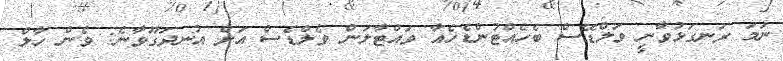
ނަމަ ރަނގަޅުވާނީ ވަލްޑޭސް ބެހެއްޓުންޑެހެއާ ވައްޓާލަން ވެލްޑެސް އަށް އުނދަގޫވާނެ: ވެން ހާލް